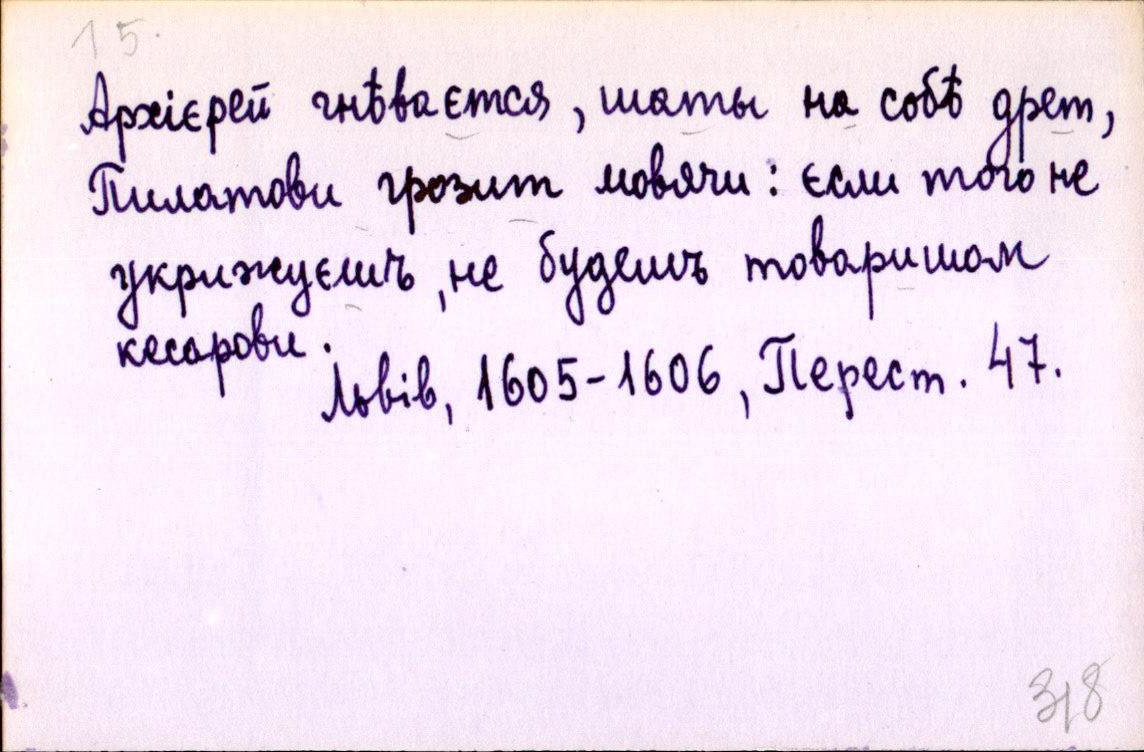
Архієрей гнѣваєтся, шаты на собѣ дрет,
Пилатови грозит мовячи: єсли того не
укрижуєшъ, не будешъ товаришом
кесарови.
Львів, 1605-1606, Перест. 47.